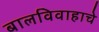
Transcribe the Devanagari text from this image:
बालविवाहाचे